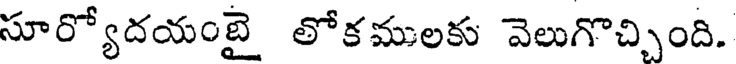
సూర్యోదయంబై లోకములకు వెలుగొచ్చింది.